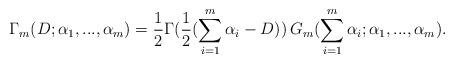
LaTeX: \begin{align*}\Gamma_m(D;\alpha_1,...,\alpha_m) = \frac{1}{2} \Gamma(\frac{1}{2}(\sum_{i=1}^m \alpha_i - D)) \, G_m(\sum_{i=1}^m \alpha_i;\alpha_1,...,\alpha_m).\end{align*}